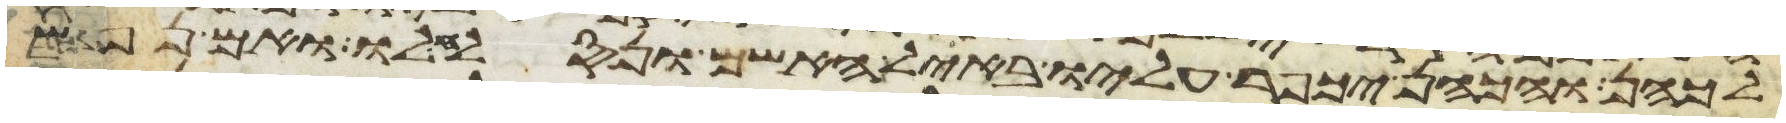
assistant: לכהן והכהן יכפר עליו באיל האשם ונסלח לו ואם נפש